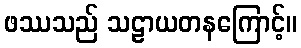
ဖဿသည် သဠာယတနကြောင့်။